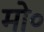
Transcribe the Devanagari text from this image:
मो०